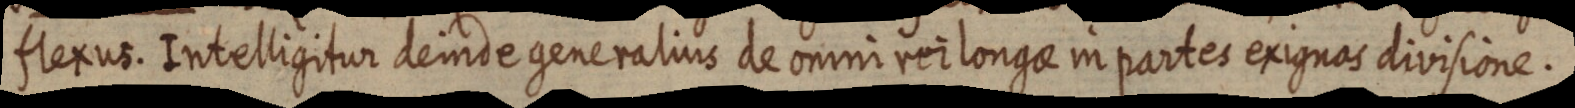
flexus. Intelligitur deinde generalius de omni rei longae in partes exignas divisione.